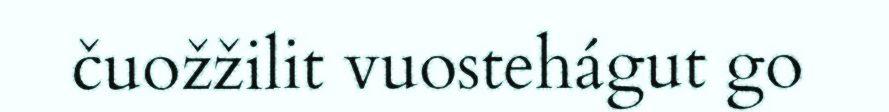
čuožžilit vuostehágut go